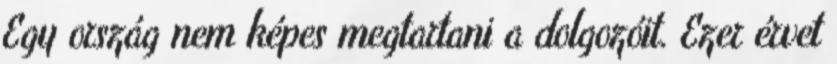
Egy ország nem képes megtartani a dolgozóit. Ezer érvet